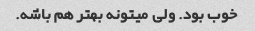
خوب بود. ولی میتونه بهتر هم باشه.